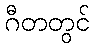
ဂီတတွင်